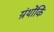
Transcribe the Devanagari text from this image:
ग्रंथोंकिं